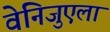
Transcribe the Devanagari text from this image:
वेनिजुएला